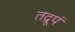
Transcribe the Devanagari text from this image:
तद्रूपं